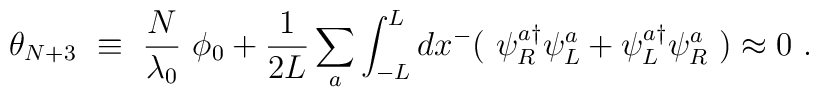
\theta_{N+3} ~\equiv ~\frac{N}{\lambda_0}~ \phi_0 + \frac{1}{2 L} \sum_a        \int_{-L}^L d x^- (~ \psi_R^{a \dag}        \psi_L^a + \psi_L^{a \dag} \psi_R^a ~) \approx 0 ~.